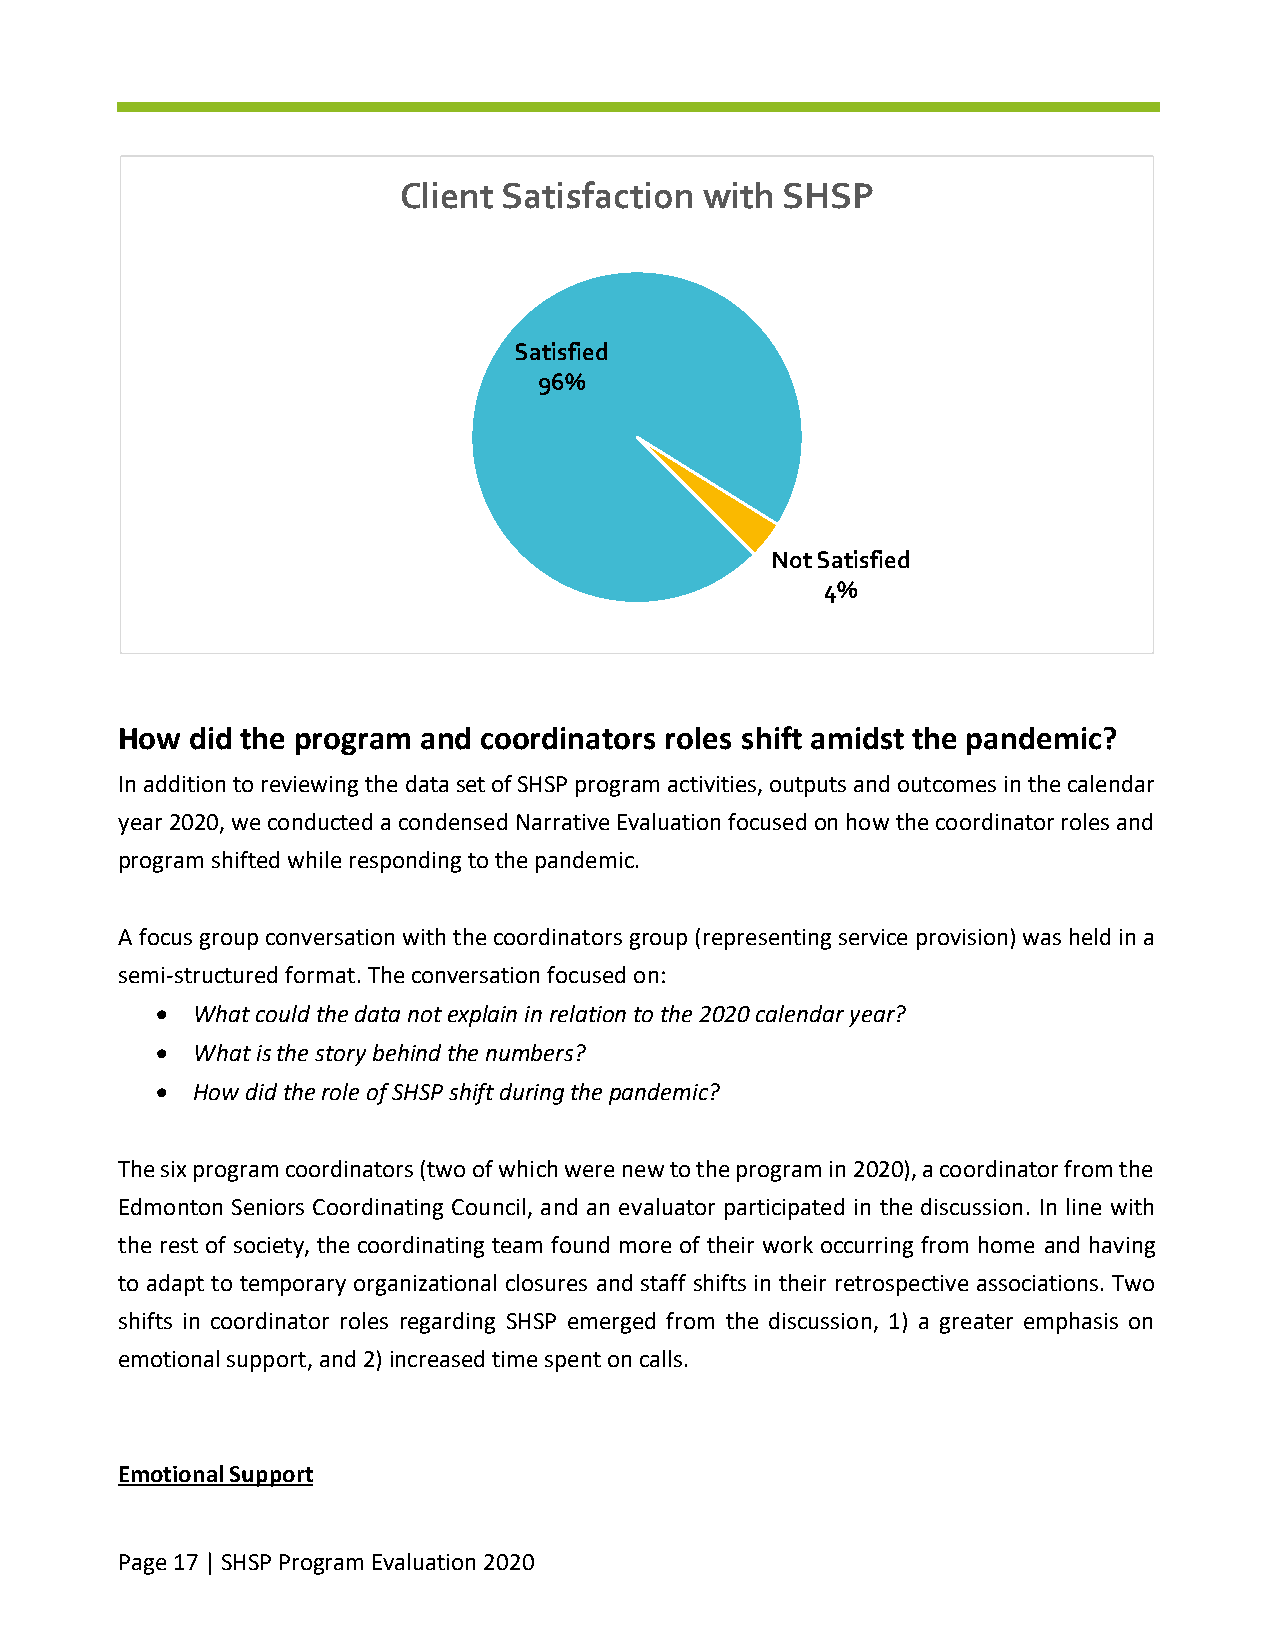
Client Satisfaction  with SHSP
 Satisfied
 96%
 Not Satisfied
 4%
 How  did the program and coordinators roles shift amidst the pandemic?
 In addition to reviewing the data set of SHSP program activities, outputs and outcomes in the calendar
 year 2020, we conducted a condensed Narrative Evaluation focused on how the coordinator roles and
 program shifted while responding to the pandemic.
 A focus group conversation with the coordinators group (representing service provision) was held in a
 semi-structured format. The conversation focused on:
 •  What could the data not explain in relation to the 2020 calendar year?
 •  What is the story behind the numbers?
 •  How did the role of SHSP shift during the pandemic?
 The six program coordinators (two of which were new to the program in 2020), a coordinator from the
 Edmonton Seniors Coordinating Council, and an evaluator participated in the discussion. In line with
 the rest of society, the coordinating team found more of their work occurring from home and having
 to adapt to temporary organizational closures and staff shifts in their retrospective associations. Two
 shifts in coordinator roles regarding SHSP emerged from the discussion, 1) a greater emphasis on
 emotional support, and 2) increased time spent on calls.
 Emotional Support
 Page 17 | SHSP Program Evaluation 2020